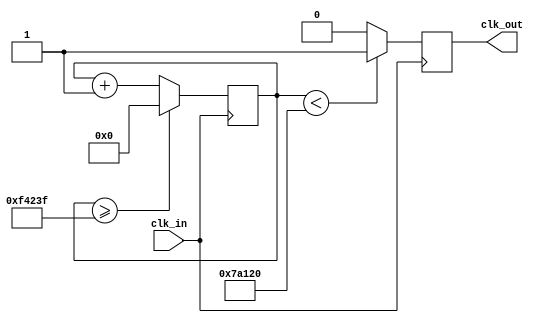
module clock_divider(
    input clk_in,          
    output reg clk_out
);
   reg [27:0] counter = 28'd0;
	parameter divisor = 28'd1000000; 
	
    always @(posedge clk_in) begin
		counter <= counter + 28'd1;
        
		if (counter >= (divisor - 1))  
            counter <= 28'd0;
	
		clk_out <=(counter < divisor/2)?1'b1:1'b0; 
		end	
endmodule    



module D_FF(Q,D,clk,rst
    );
  input D,clk,rst;
  output reg Q;
  always @(posedge clk) begin
  if(rst)
    Q <= 1'b0;
	 else
	 Q<=D;
  end

endmodule


module BCD_to_SevenSeg (bcd,SEVENSEG);
 	input [2:0] bcd;
	output reg [10:0] SEVENSEG;


  always @(*) begin
    case(bcd)
      3'b000: SEVENSEG = 7'b1000000; // 0
        3'b001: SEVENSEG = 7'b1111001; // 1
        3'b010: SEVENSEG = 7'b0100100; // 2
        3'b011: SEVENSEG = 7'b0100000; // 3
        3'b100: SEVENSEG = 7'b1011001; // 4
        3'b101: SEVENSEG = 7'b0010010; // 5
        default: SEVENSEG = 7'b1111111; //Default case, all segments off
    endcase
  end

endmodule